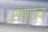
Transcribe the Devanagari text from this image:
संहाराचा